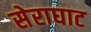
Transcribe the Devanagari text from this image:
सेराघाट